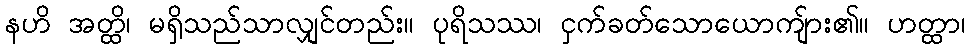
နဟိ အတ္ထိ၊ မရှိသည်သာလျှင်တည်း။ ပုရိသဿ၊ ငှက်ခတ်သောယောကျ်ား၏။ ဟတ္ထာ၊